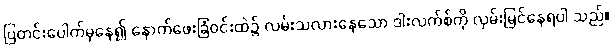
ပြတင်းပေါက်မှနေ၍ နောက်ဖေးခြံဝင်းထဲ၌ လမ်းသလားနေသော ဒါးလက်စ်ကို လှမ်းမြင်နေရပါ သည်။